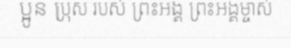
ប្អូន ប្រុស របស់ ព្រះអង្គ ព្រះអង្គម្ចាស់